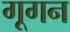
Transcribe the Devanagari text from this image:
गूगन